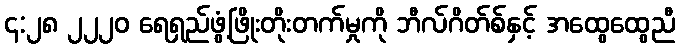
၄:၂၈ ၂၂၂၀ ရေရှည်ဖွံ့ဖြိုးတိုးတက်မှုကို ဘီလ်ဂိတ်စ်နှင့် အထွေထွေညီ